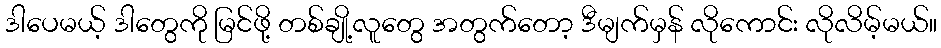
ဒါပေမယ့် ဒါတွေကို မြင်ဖို့ တစ်ချို့လူတွေ အတွက်တော့ ဒီမျက်မှန် လိုကောင်း လိုလိမ့်မယ်။